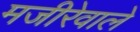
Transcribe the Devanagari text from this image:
मजीरेवाले